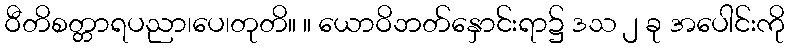
ဝီတိစတ္တာရပညာ၊ပေ၊တုတိ။ ။ ယောဝိဘတ်နှောင်းရာ၌ ဒသ ၂ ခု အပေါင်းကို